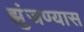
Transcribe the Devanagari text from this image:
झुंजण्यास